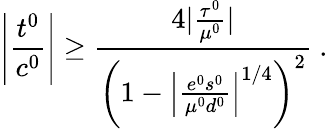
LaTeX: \left|{\frac{t^{0}}{c^{0}}}\right|\ge{\frac{4|{\frac{\tau^{0}}{\mu^{0}}}|}{\left(1-\left|{\frac{e^{0}s^{0}}{\mu^{0}d^{0}}}\right|^{1/4}\right)^{2}}}~.